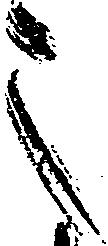
之